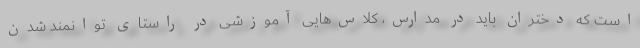
است که دختران باید در مدارس، کلاس‌هایی آموزشی در راستای توانمند شدن